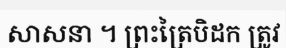
សាសនា ។ ព្រះត្រៃបិដក ត្រូវ